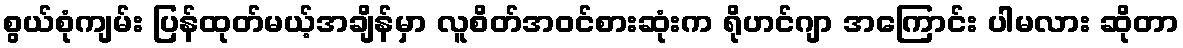
စွယ်စုံကျမ်း ပြန်ထုတ်မယ့်အချိန်မှာ လူစိတ်အဝင်စားဆုံးက ရိုဟင်ဂျာ အကြောင်း ပါမလား ဆိုတာ